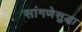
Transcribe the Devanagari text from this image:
सांगणेसुद्धा